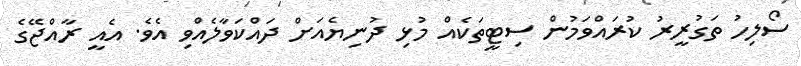
ސޯލިހު ތަގުރީރު ކުރައްވަމުން ސިޓީތަކެއް މުޅި ދުނިޔެއަށް ދައްކަވާލެއްވި އެވެ. އެއީ ރާއްޖޭގެ